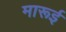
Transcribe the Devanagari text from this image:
मारूई